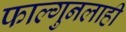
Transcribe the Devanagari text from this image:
फाल्गुनलाही